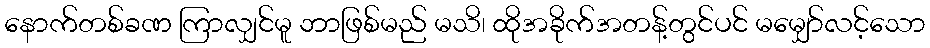
နောက်တစ်ခဏ ကြာလျှင်မူ ဘာဖြစ်မည် မသိ၊ ထိုအခိုက်အတန့်တွင်ပင် မမျှော်လင့်သော